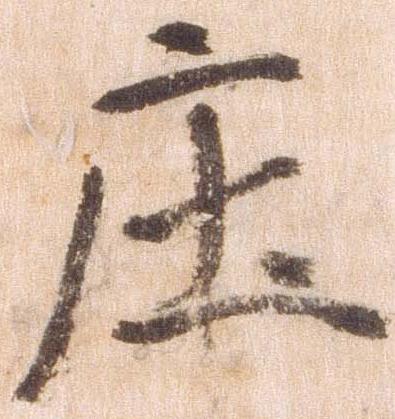
庄